Leaving Certificate Examination, 1909
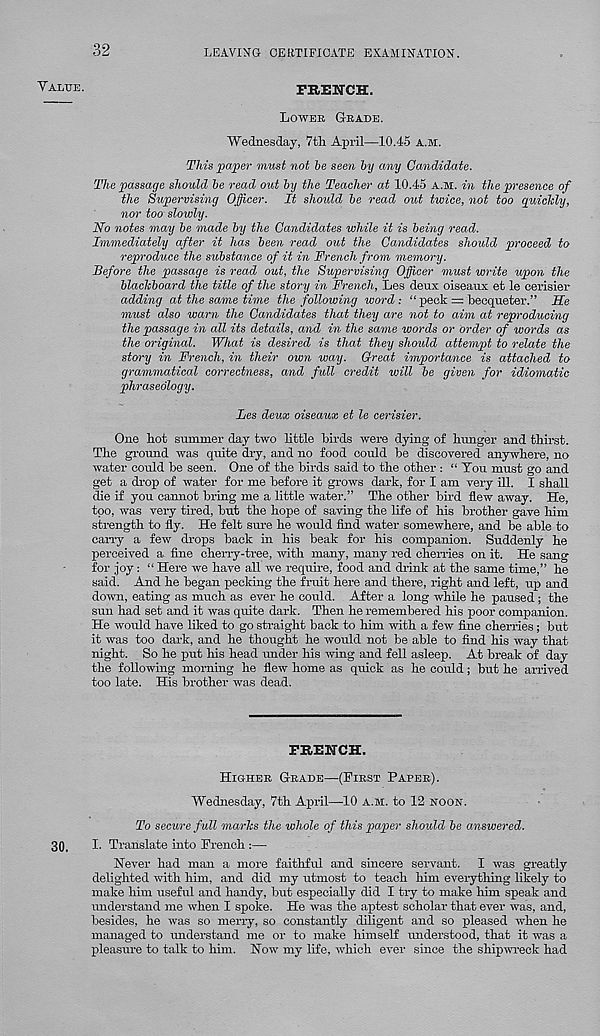
32
LEAVING CERTIFICATE EXAMINATION.
Value.
FRENCH,
Lower Grade.
Wednesday, 7th April—10.45 a.m.
This paper must not be seen by any Candidate.
The passage should be read out by the Teacher at 10.45 a.m. in the presence of
the Supervising Officer. It should be read out twice, not too quickly,
nor too slowly.
No notes may be made by the Candidates while it is being read.
Immediately after it has been read out the Candidates should proceed to
reproduce the substance of it in French from memory.
Before the passage is read out, the Supervising Officer must write upon the
blackboard the title of the story in French, Les deux oiseaux et le cerisier
adding at the same time the following word : “ peck = becqueter.” He
must also warn the Candidates that they are not to aim at reproducing
the passage in all its details, and in the same words or order of words as
the original. What is desired is that they should attempt to relate the
story in French, in their own way. Great importance is attached to
grammatical correctness, and full credit will be given for idiomatic
phraseology.
Les deux oiseaux et le cerisier.
One hot summer day two little birds were dying of hunger and thirst.
The ground was quite dry, and no food could be discovered anywhere, no
water could be seen. One of the birds said to the other : “ You must go and
get a drop of water for me before it grows dark, for I am very ill. I shall
die if you cannot bring me a little water.” The other bird flew away. He,
too, was very tired, but the hope of saving the life of his brother gave him
strength to fly. He felt sure he would find water somewhere, and be able to
carry a few drops back in his beak for his companion. Suddenly he
perceived a fine cherry-tree, with many, many red cherries on it. He sang
for joy: “ Here we have all we require, food and drink at the same time,” he
said. And he began pecking the fruit here and there, right and left, up and
down, eating as much as ever he could. After a long while he paused ; the
sun had set and it was quite dark. Then he x-emembered his poor companion.
He would have liked to go straight back to him with a few fine cherries; but
it was too dark, and he thought he would not be able to find his way that
night. So he put his head under his wing and fell asleep. At break of day
the following morning he flew home as quick as he could; but he arrived
too late. His brother was dead.
FRENCH.
Higher Grade—(First Paper).
Wednesday, 7th April—10 a.m. to 12 noon.
To secure full marks the whole of this paper should be answered.
30. I. Translate into French :—
Never had man a more faithful and sincere servant. I was greatly
delighted with him, and did my utmost to teach him everything likely to
make him useful and handy, but especially did I try to make him speak and
understand me when I spoke. He was the aptest scholar that ever was, and,
besides, he was so merry, so constantly diligent and so pleased when he
managed to understand me or to make himself understood, that it was a
pleasure to talk to him. Now my life, which ever since the shipwreck had